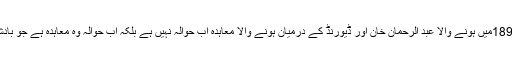
یہ معاہدہ واضح کر رہا ہے کہ 1893میں ہونے والا عبد الرحمان خان اور ڈیورنڈ کے درمیان ہونے والا معاہدہ اب حوالہ نہیں ہے بلکہ اب حوالہ وہ معاہدہ ہے جو بادشاہ افغانستان حبیب اللہ نے کیا تھا۔